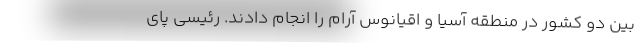
بین دو کشور در منطقه آسیا و اقیانوس آرام را انجام دادند. رئیسی پای